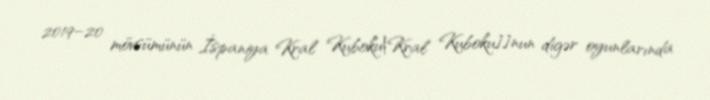
2019–20 mövsümünün İspaniya Kral Kuboku|Kral Kuboku]]nun digər oyunlarında